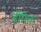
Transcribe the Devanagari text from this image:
हींरिक